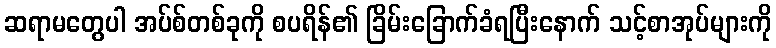
ဆရာမတွေပါ အပ်စ်တစ်ခုကို စပရိန်၏ ခြိမ်းခြောက်ခံရပြီးနောက် သင့်စာအုပ်များကို